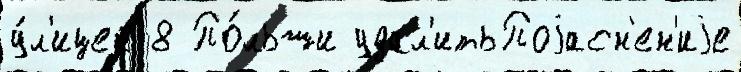
у́л'ицей 8 По́льши удал'итьПоjасн'ен'иjе